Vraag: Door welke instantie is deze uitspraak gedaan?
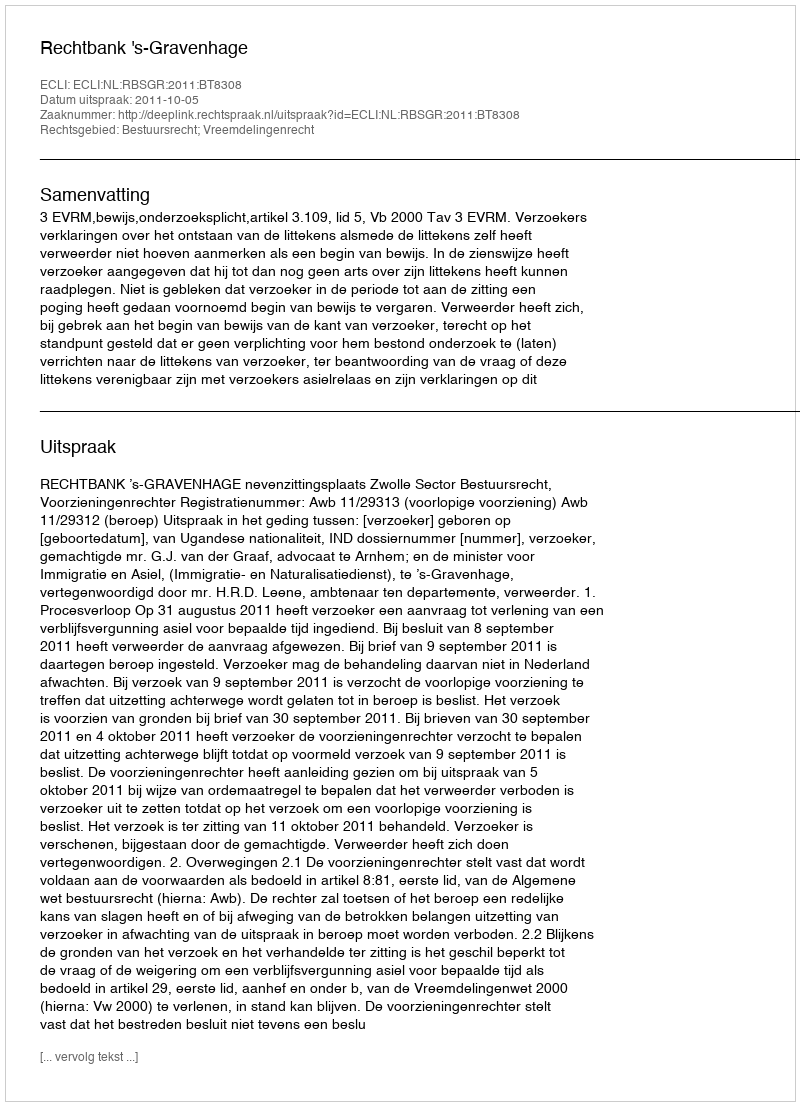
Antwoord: Rechtbank 's-Gravenhage